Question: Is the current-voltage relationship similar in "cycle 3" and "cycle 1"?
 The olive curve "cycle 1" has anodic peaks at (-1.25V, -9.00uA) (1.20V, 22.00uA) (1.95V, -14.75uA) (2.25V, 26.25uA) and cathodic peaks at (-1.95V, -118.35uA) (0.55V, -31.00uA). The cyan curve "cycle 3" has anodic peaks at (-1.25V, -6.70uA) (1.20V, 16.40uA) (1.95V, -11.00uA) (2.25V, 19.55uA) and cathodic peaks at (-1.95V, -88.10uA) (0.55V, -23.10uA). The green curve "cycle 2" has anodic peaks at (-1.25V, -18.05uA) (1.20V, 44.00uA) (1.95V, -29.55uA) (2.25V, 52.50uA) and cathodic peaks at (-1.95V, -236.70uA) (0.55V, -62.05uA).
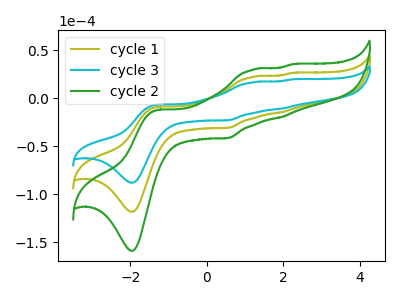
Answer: <think>All the peaks in "cycle 3" have a peak in "cycle 1" at the same potential.
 </think>
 <answer>"cycle 3" and "cycle 1" are similar in shape.</answer>
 <eval>same_shape</eval>